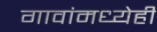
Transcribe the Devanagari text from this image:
गावांमध्येही